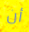
أن